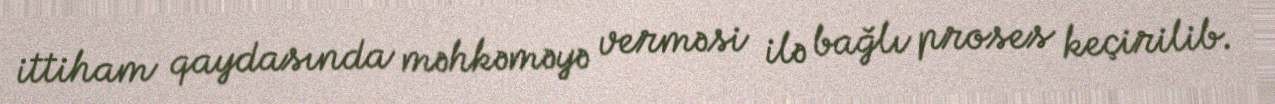
ittiham qaydasında məhkəməyə verməsi ilə bağlı proses keçirilib.